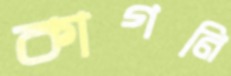
কাগনি